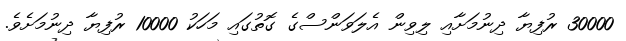
30000 ރުފިޔާ ދިނުމަށާއި ލިވިން އެލަވަންސްގެ ގޮތުގައި މަހަކު 10000 ރުފިޔާ ދިނުމަށެވެ.